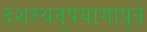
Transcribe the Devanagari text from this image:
दशरथनृपयागापूर्व